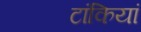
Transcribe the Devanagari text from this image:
टांकियां